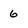
Character: 6